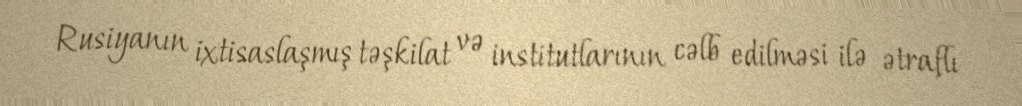
Rusiyanın ixtisaslaşmış təşkilat və institutlarının cəlb edilməsi ilə ətraflı